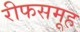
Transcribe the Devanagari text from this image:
रीफसमूह